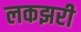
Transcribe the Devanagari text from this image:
लकझरी